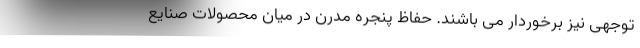
توجهی نیز برخوردار می باشند. حفاظ پنجره مدرن در میان محصولات صنایع